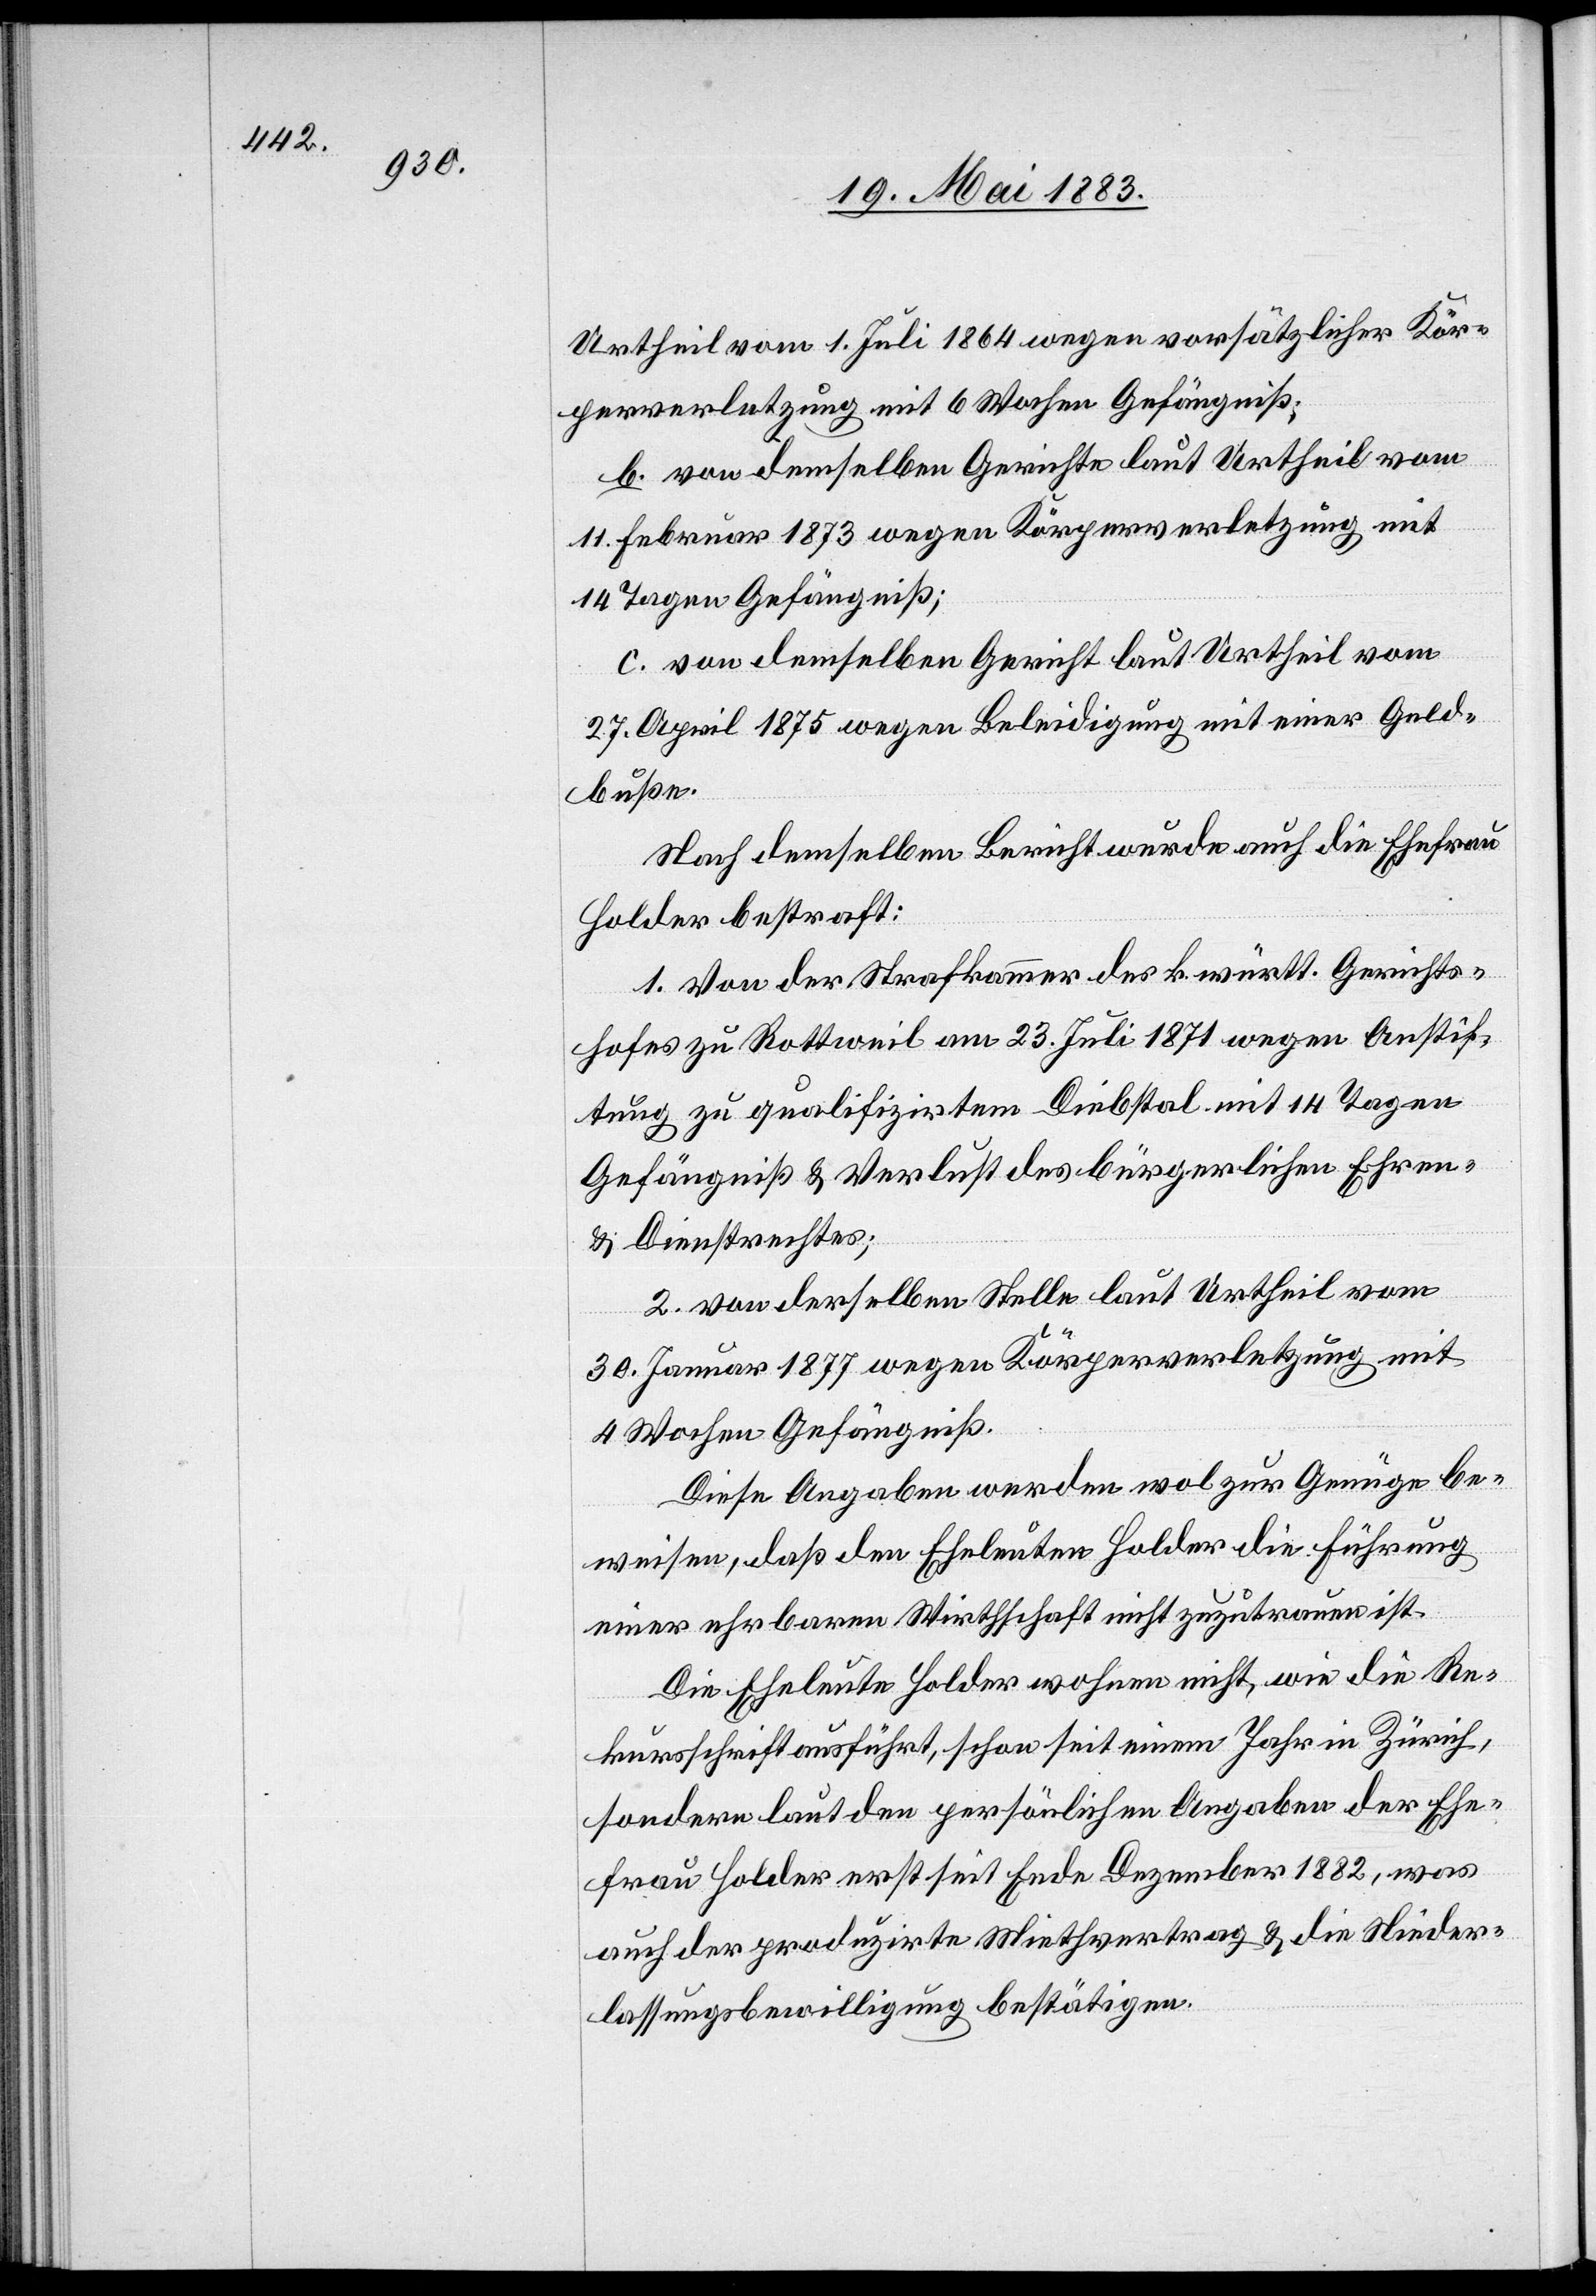
Urtheil vom 1. Juli 1864 wegen vorsätzlicher Kör¬
perverletzung mit 6 Wochen Gefängniß,
b. von demselben Gerichte laut Urtheil vom
11. Februar 1873 wegen Körperverletzung mit
14 Tagen Gefängniß;
c. von demselben Gericht laut Urtheil vom
27. April 1875 wegen Beleidigung mit einer Geld¬
buße.
Nach demselben Bericht wurde auch die Ehefrau
Holder bestraft:
1. Von der Strafkammer des k. württ. Gerichts¬
hofes zu Rottweil am 23. Juli 1871 wegen Anstif¬
tung zu qualifizirtem Diebstal mit 14 Tagen
Gefängniß & Verlust des bürgerlichen Ehren-
& Dienstrechtes;
2. von derselben Stelle laut Urtheil vom
30. Januar 1877 wegen Körperverletzung mit
4 Wochen Gefängniß.
Diese Angaben werden wol zur Genüge be¬
weisen, daß den Eheleuten Holder die Führung
einer ehrbaren Wirthschaft nicht zuzutrauen ist.
Die Eheleute Holder wohnen nicht, wie die Re¬
kursschrift ausführt, schon seit einem Jahr in Zürich,
sondern laut den persönlichen Angaben der Ehe¬
frau Holder erst seit Ende Dezember 1882, was
auch der produzirte Miethvertrag & die Nieder¬
lassungsbewilligung bestätigen.